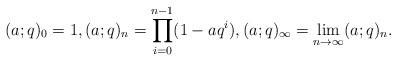
LaTeX: \begin{align*}(a;q)_0= 1,(a;q)_n = \prod_{i=0}^{n-1}(1-a q^i),(a;q)_{\infty} = \lim_{n\to\infty}(a;q)_n.\end{align*}